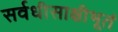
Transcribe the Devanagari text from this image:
सर्वधीसाक्षीभूतं